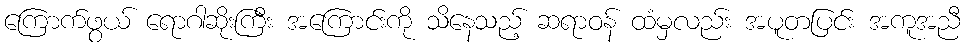
ကြောက်ဖွယ် ရောဂါဆိုးကြီး အကြောင်းကို သိနေသည့် ဆရာဝန် ထံမှလည်း အပူတပြင်း အကူအညီ